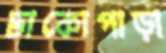
ঢাকোপাড়া